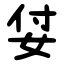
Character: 姇